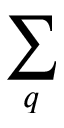
\sum _ { q }